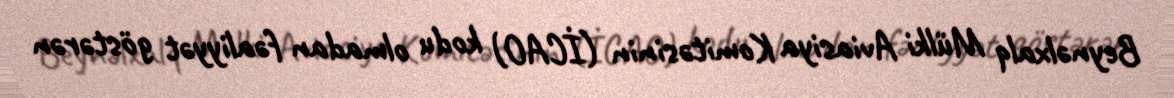
Beynəlxalq Mülki Aviasiya Komitəsinin (İCAO) kodu olmadan fəaliyyət göstərən